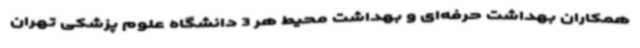
همکاران بهداشت حرفه‌ای و بهداشت محیط هر 3 دانشگاه علوم پزشکی تهران